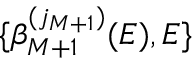
\{ \beta _ { M + 1 } ^ { ( j _ { M + 1 } ) } ( E ) , E \}